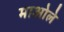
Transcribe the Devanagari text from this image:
माओले